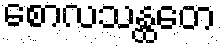
စောလသန္ထတေ